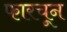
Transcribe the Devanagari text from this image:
फारचून